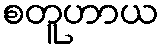
စတူဟာယ